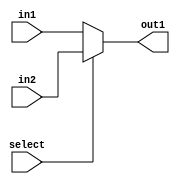
module mux_2x1_4bit(in1,in2,out1,select);
  
  input wire [3:0] in1,in2;
  input wire select;
  output wire [3:0] out1;
  
  assign out1=(select)? in2 : in1;
  
endmodule